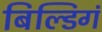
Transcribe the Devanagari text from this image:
बिल्डिगं